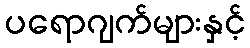
ပရောဂျက်များနှင့်